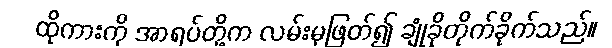
ထိုကားကို အာရပ်တို့က လမ်းမှဖြတ်၍ ချုံခိုတိုက်ခိုက်သည်။